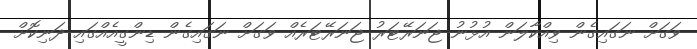
ވަގަށް ނަގައިގެން ވިއްކާލަން އުޅުނު ޖަނަރޭޓަރު ޖަނަރޭޓަރެއް ވަގަށް ނަގައިގެން ޑިންގީއެއްގައި ދަނިކޮށް